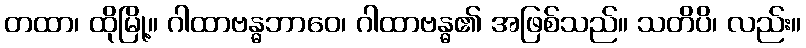
တထာ၊ ထိုမြို့။ ဂါထာဗန္ဓဘာဝေ၊ ဂါထာဗန္ဓ၏ အဖြစ်သည်။ သတိပိ၊ လည်း။